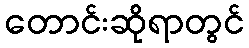
တောင်းဆိုရာတွင်